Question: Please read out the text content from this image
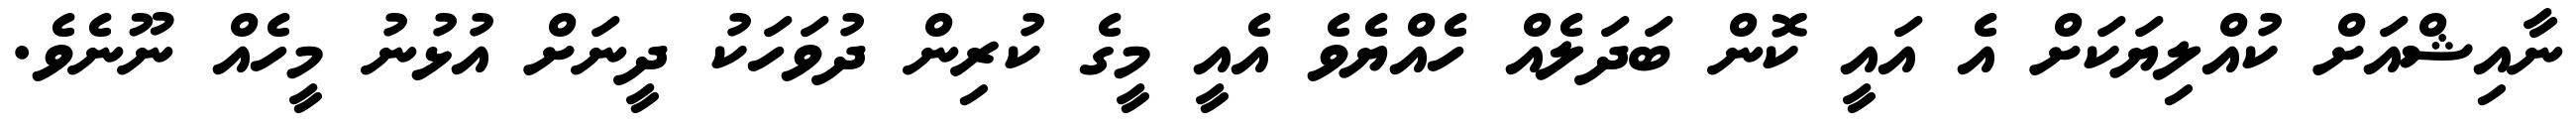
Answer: ނާއިޝްއަށް ކުއްލިޔަކަށް އެ އައީ ކޮން ބަދަލެއް ހެއްޔެވެ އެއީ މީގެ ކުރިން ދުވަހަކު ދީނަށް އުޅުނު މީހެއް ނޫނެވެ.